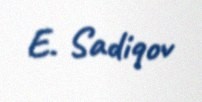
E. Sadiqov